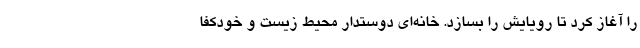
را آغاز کرد تا رویایش را بسازد. خانه‌ای دوستدار محیط زیست و خودکفا